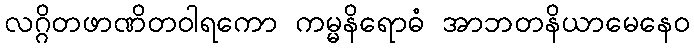
လဂ္ဂိတဖာဏိတဝါရကော ကမ္မနိရောဓံ အာဘတနိယာမေနေဝ